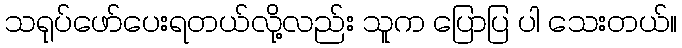
သရုပ်ဖော်ပေးရတယ်လို့လည်း သူက ပြောပြ ပါ သေးတယ်။